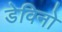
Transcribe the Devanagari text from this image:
डेविनो